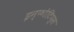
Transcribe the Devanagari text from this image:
इन्फोटिप्स